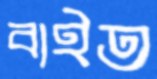
বাইত